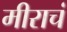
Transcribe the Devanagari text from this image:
मीराचं